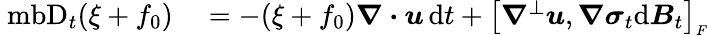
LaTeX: \begin{array}{rl}{\mathrm{\ mb{D}}_{t}(\xi+f_{0})}&{{}=-(\xi+f_{0})\boldsymbol{\nabla}\boldsymbol{\cdot}\boldsymbol{u}\, \mathrm{d}t+\big[\boldsymbol{\nabla}^{\perp}\boldsymbol{u},\boldsymbol{\nabla}\boldsymbol{\sigma}_{t}\mathrm{d}\boldsymbol{B}_{t}\big]_{\scriptscriptstyle F}}\end{array}